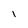
Character: I